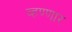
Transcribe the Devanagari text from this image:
व्हण्णार